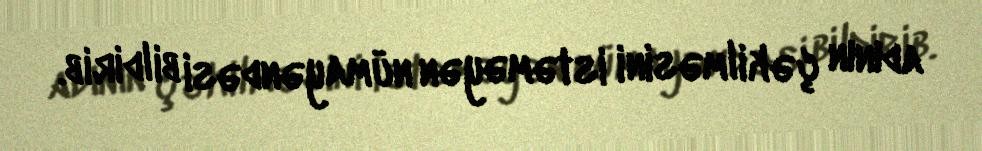
adının çəkilməsini istəməyən nümayəndəsi bildirib.